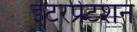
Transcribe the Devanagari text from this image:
इंटरप्रेटशन